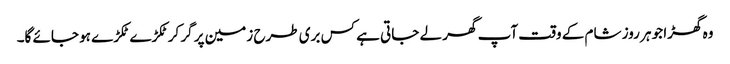
وہ گھڑا جو ہر روز شام کے وقت آپ گھر لے جاتی ہے کس بری طرح زمین پر گر کر ٹکڑے ٹکڑے ہو جائے گا۔